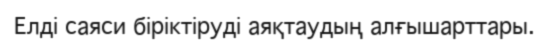
Елді саяси біріктіруді аяқтаудың алғышарттары.